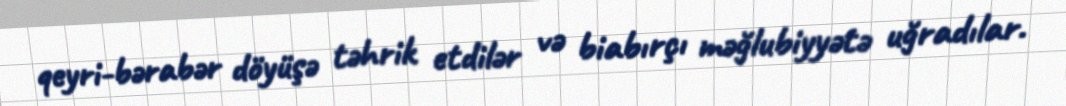
qeyri-bərabər döyüşə təhrik etdilər və biabırçı məğlubiyyətə uğradılar.